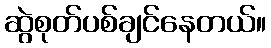
ဆွဲစုတ်ပစ်ချင်နေတယ်။